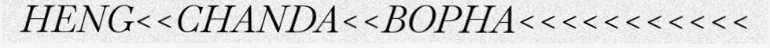
HENG<<CHANDA<<BOPHA<<<<<<<<<<<